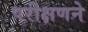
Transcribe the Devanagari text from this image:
परीक्षणने